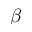
\beta